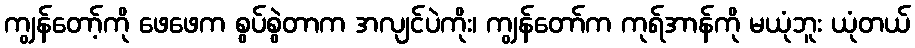
ကျွန်တော့်ကို ဖေဖေက စွပ်စွဲတာက အလျင်ပဲကိုး၊ ကျွန်တော်က ကုရ်အာန်ကို မယုံဘူး ယုံတယ်